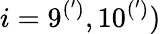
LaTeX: i=9^{(^{\prime})},10^{(^{\prime})})